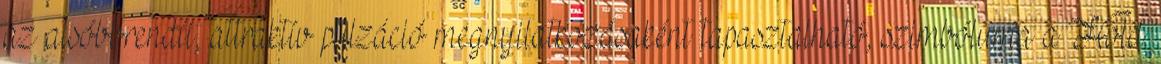
az alsóbbrendű, attraktív pulzáció megnyilatkozásaként tapasztalható, szimbóluma a Hold.